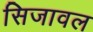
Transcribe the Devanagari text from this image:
सिजावल